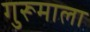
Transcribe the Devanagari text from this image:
गुरूमाला